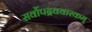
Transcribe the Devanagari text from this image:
सर्वोपद्रववारकम्